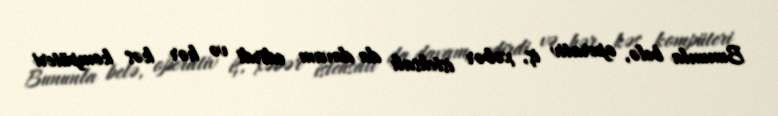
Bununla belə, operativ iş, xəbər istehsalı da davam edirdi və hər kəs kompüteri